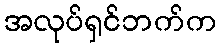
အလုပ်ရှင်ဘက်က